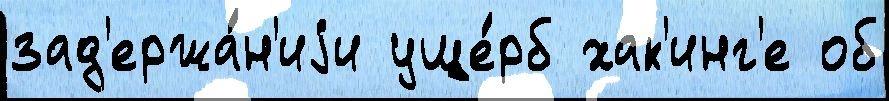
зад'ержа́н'иjи уще́рб хак'инг'е об